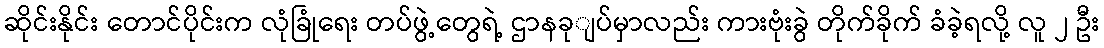
ဆိုင်းနိုင်း တောင်ပိုင်းက လုံခြုံရေး တပ်ဖွဲ့တွေရဲ့ ဌာနခုျပ်မှာလည်း ကားဗုံးခွဲ တိုက်ခိုက် ခံခဲ့ရလို့ လူ ၂ ဦး